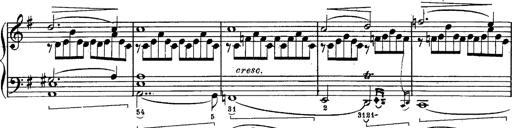
Title: Schubert's Impromptus [revised and edited by Franz Liszt]
Composer: Franz Liszt